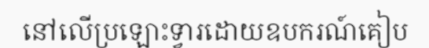
នៅលើប្រឡោះទ្វារដោយឧបករណ៍គៀប